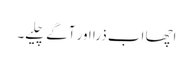
اچھا اب ذرا اور آگے چلیے۔